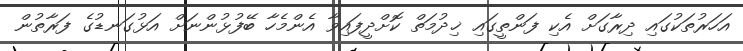
އަހަރުތަކުގައި ދިރާގަށް އެކި ފަންތީގައި ޚިދުމަތް ކޮށްދީފައިވާ އެންމެހާ ބޭފުޅުންނަށް އަޅުގަނޑުގެ ފަރާތުން